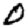
Digit: 0